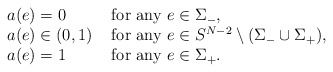
\begin{align*}\begin{array}{ll}a(e)=0 & \hbox{ for any }e\in \Sigma_-, \\a(e)\in(0,1) & \hbox{ for any }e\in S^{N-2}\setminus(\Sigma_-\cup\Sigma_+), \\a(e)=1 & \hbox{ for any }e\in \Sigma_+.\end{array}\end{align*}